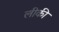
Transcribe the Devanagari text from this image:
लीकी